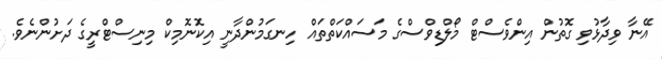
އޭނާ ވިދާޅުވި ގޮތުން އިންވެސްޓް މޯލްޑިވްސްގެ މަސައްކަތްތައް ހިނގަމުންދާނީ އިކޮނޮމިކް މިނިސްޓްރީގެ ދަށުންނެވެ.